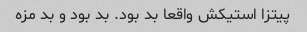
پیتزا استیکش واقعا بد بود. بد بود و بد مزه